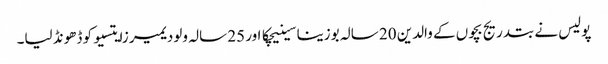
پولیس نے بتدریج بچوں کے والدین 20 سالہ بوزینا سینیچکا اور 25 سالہ ولودیمیر زایتسیو کو ڈھونڈ لیا۔